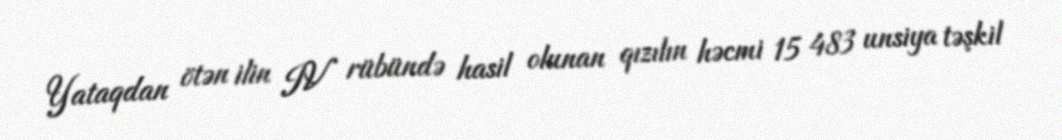
Yataqdan ötən ilin IV rübündə hasil olunan qızılın həcmi 15 483 unsiya təşkil